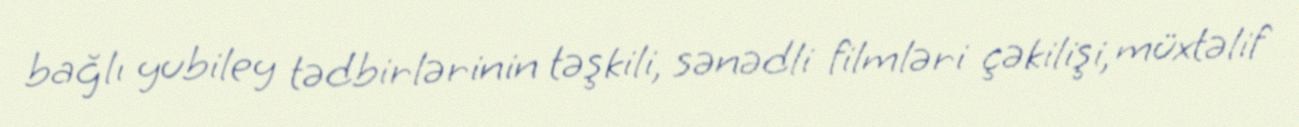
bağlı yubiley tədbirlərinin təşkili, sənədli filmləri çəkilişi, müxtəlif